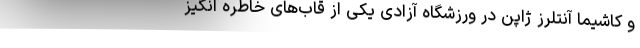
و کاشیما آنتلرز ژاپن در ورزشگاه آزادی یکی از قاب‌های خاطره انگیز